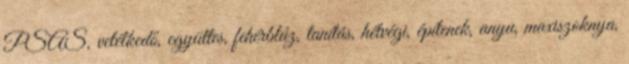
PSAS, vetélkedő, együttes, fehérblúz, tanítás, hétvégi, építenek, anyu, maxiszoknya,